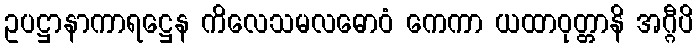
ဥပဋ္ဌာနာကာရဋ္ဌေန ကိလေသမလဓောဝံ ကေကာ ယထာဝုတ္တာနိ အဂ္ဂီပိ